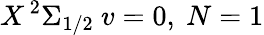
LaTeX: X\, ^{2}\Sigma_{1/2}\ v=0,\ N=1